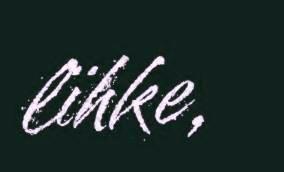
lïhke,